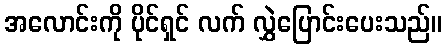
အလောင်းကို ပိုင်ရှင် လက် လွှဲပြောင်းပေးသည်။